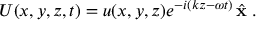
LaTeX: U ( x , y , z , t ) = u ( x , y , z ) e ^ { - i ( k z - \omega t ) } \, { \hat { \mathbf { x } } } \; .